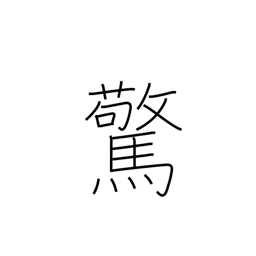
Meaning: frightened